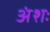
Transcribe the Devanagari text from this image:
अंशः